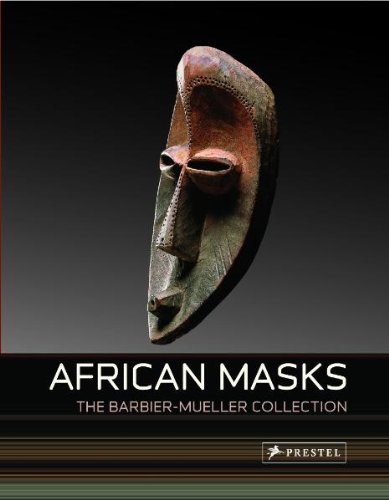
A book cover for African Masks: From the Barbier-Mueller Collection (Art Flexi Series); Iris Hahner-Herzog; Arts & Photography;